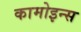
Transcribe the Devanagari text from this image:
कामोइन्स